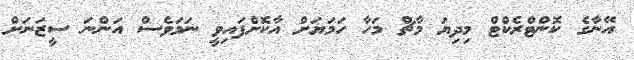
އޭނާގެ ކޮންޓްރެކްޓް މިދިޔަ މާޗް މަހާ ހަމަޔަށް އާކޮށްފައިވީ ނަމަވެސް އަންނަ ސީޒަނަށް